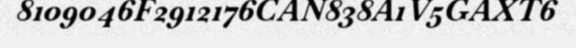
8109046F2912176CAN838A1V5GAXT6